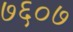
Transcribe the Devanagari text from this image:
७६०७